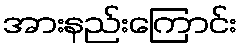
အားနည်းကြောင်း